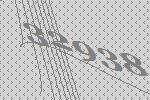
32938